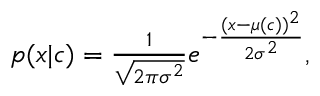
\begin{array} { r } { p ( x | c ) = \frac { 1 } { \sqrt { 2 \pi \sigma ^ { 2 } } } e ^ { - \frac { ( x - \mu ( c ) ) ^ { 2 } } { 2 \sigma ^ { 2 } } } , } \end{array}